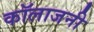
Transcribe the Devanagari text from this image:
कॉलाजनी